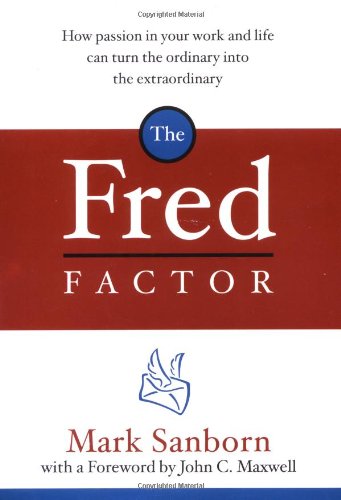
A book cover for The Fred Factor: How Passion in Your Work and Life Can Turn the Ordinary into the Extraordinary; Mark Sanborn; Business & Money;